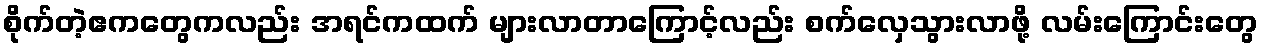
စိုက်တဲ့ဧကတွေကလည်း အရင်ကထက် များလာတာကြောင့်လည်း စက်လှေသွားလာဖို့ လမ်းကြောင်းတွေ